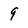
Character: 9